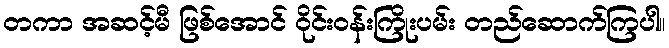
တကာ အဆင့်မီ ဖြစ်အောင် ဝိုင်းဝန်းကြိုးပမ်း တည်ဆောက်ကြပါ။